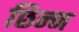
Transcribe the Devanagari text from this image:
छिन्‍न